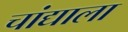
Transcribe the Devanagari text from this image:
चांद्याला